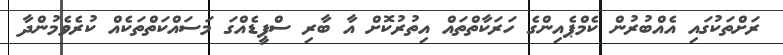
ރަށްތަކުގައި އެއްބުރުން ކެމްޕެއިންގެ ހަރަކާތްތައް އިތުރުކޮށް އާ ބާރި ސްޕީޑެއްގަ މަސައްކަތްތަކެއް ކުރެވެމުންދާ